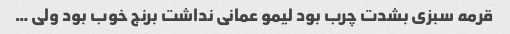
قرمه سبزی بشدت چرب بود لیمو عمانی نداشت برنج خوب بود ولی …